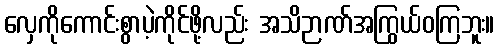
လှေကိုကောင်းစွာပဲ့ကိုင်ဖို့လည်း အသိဉာဏ်အကြွယ်ဝကြဘူး။